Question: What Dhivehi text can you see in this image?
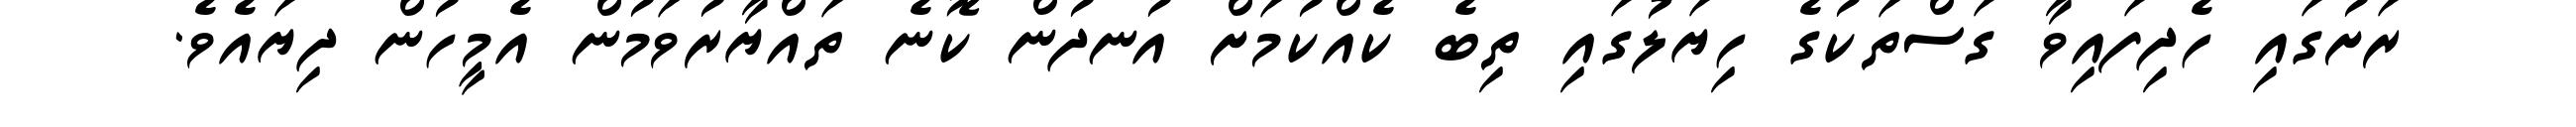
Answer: ރަށުގައި ހެދިފައިވާ ގަސްތަކުގެ ހިޔަލުގައި ތިބެ ކެއްކުމަށް އުނދުން ކޮނެ ތައްޔާރުވަމުން އެމީހުން ދިޔައެވެ.